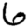
Digit: 6